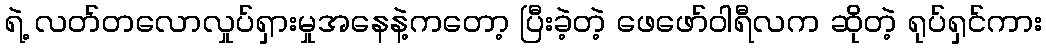
ရဲ့ လတ်တလောလှုပ်ရှားမှုအနေနဲ့ကတော့ ပြီးခဲ့တဲ့ ဖေဖော်ဝါရီလက ဆိုတဲ့ ရုပ်ရှင်ကား